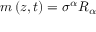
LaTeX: m \left( z , t \right) = \sigma ^ { \alpha } R _ { \alpha }